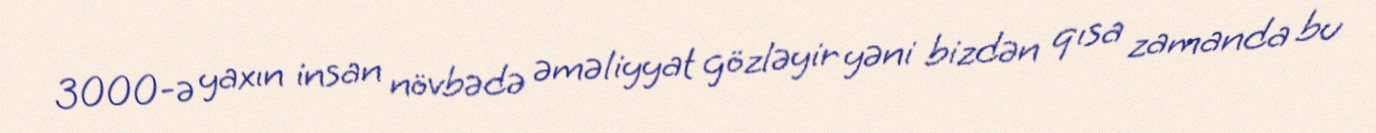
3000-ə yaxın insan növbədə əməliyyat gözləyir yəni bizdən qısa zamanda bu